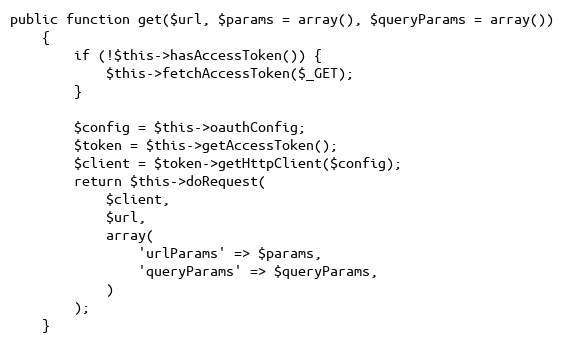
Language: PHP
public function get($url, $params = array(), $queryParams = array())
    {
        if (!$this->hasAccessToken()) {
            $this->fetchAccessToken($_GET);
        }

        $config = $this->oauthConfig;
        $token = $this->getAccessToken();
        $client = $token->getHttpClient($config);
        return $this->doRequest(
            $client,
            $url,
            array(
                'urlParams' => $params,
                'queryParams' => $queryParams,
            )
        );
    }